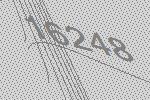
16248